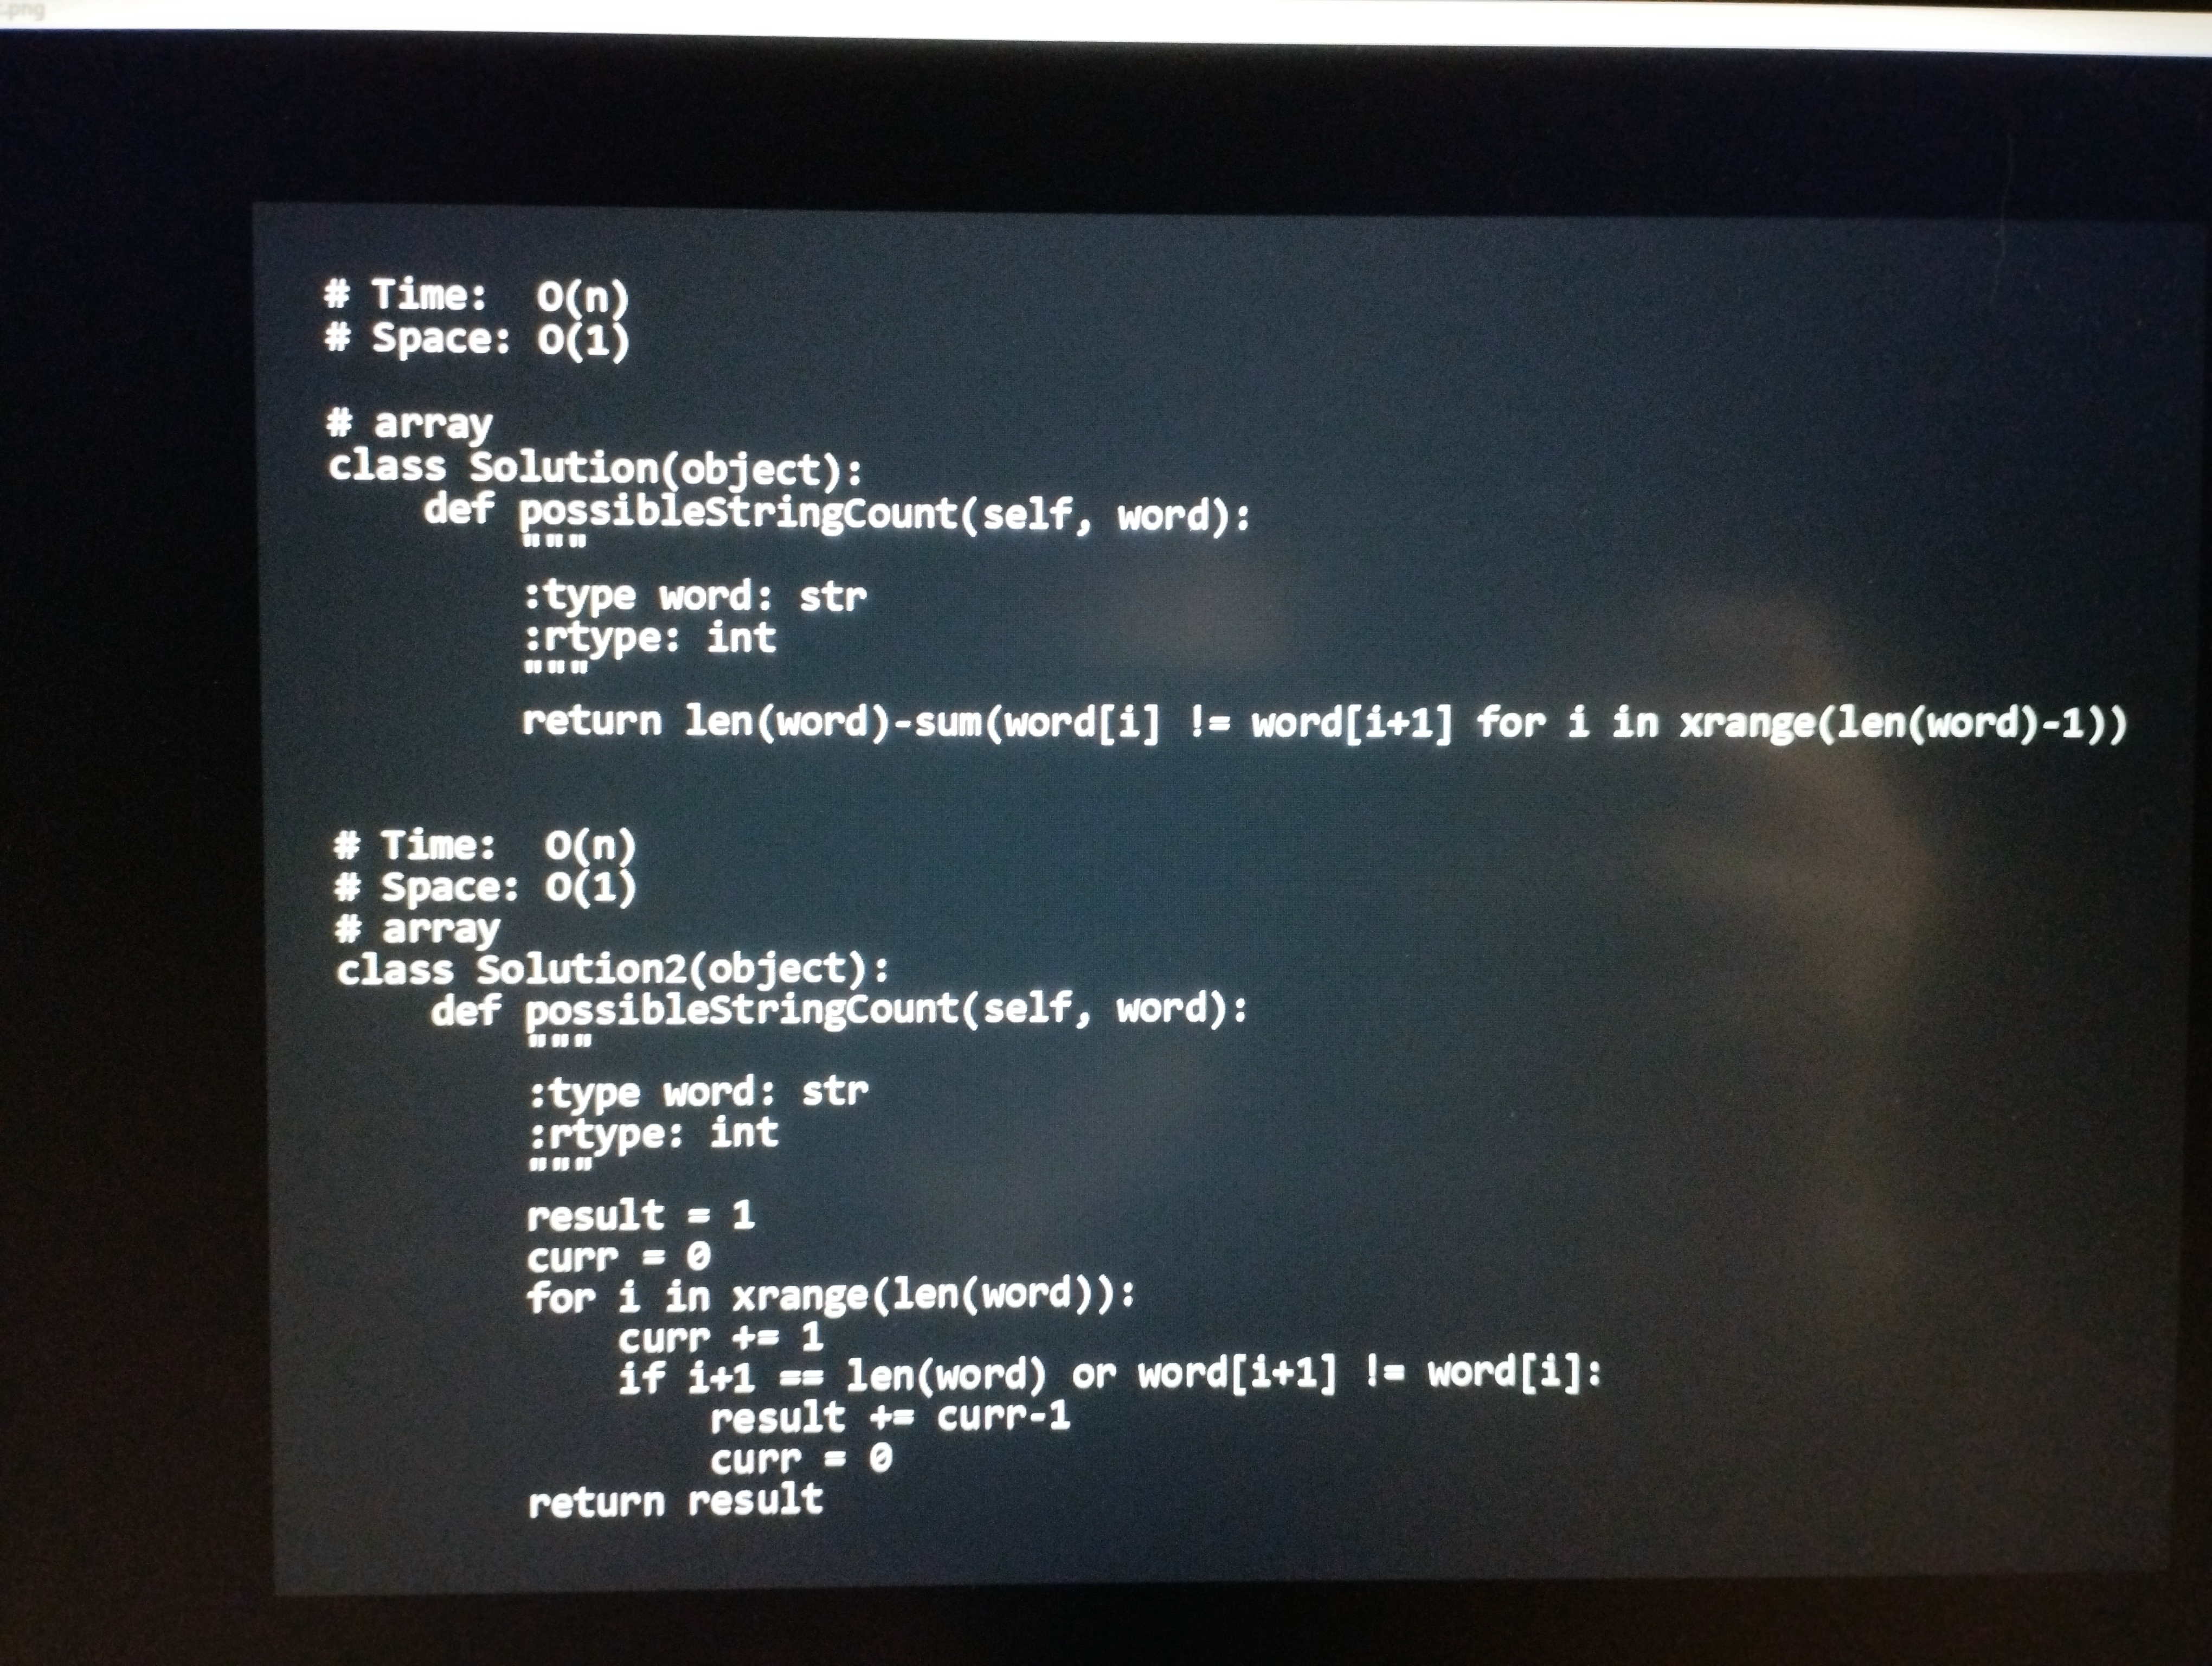
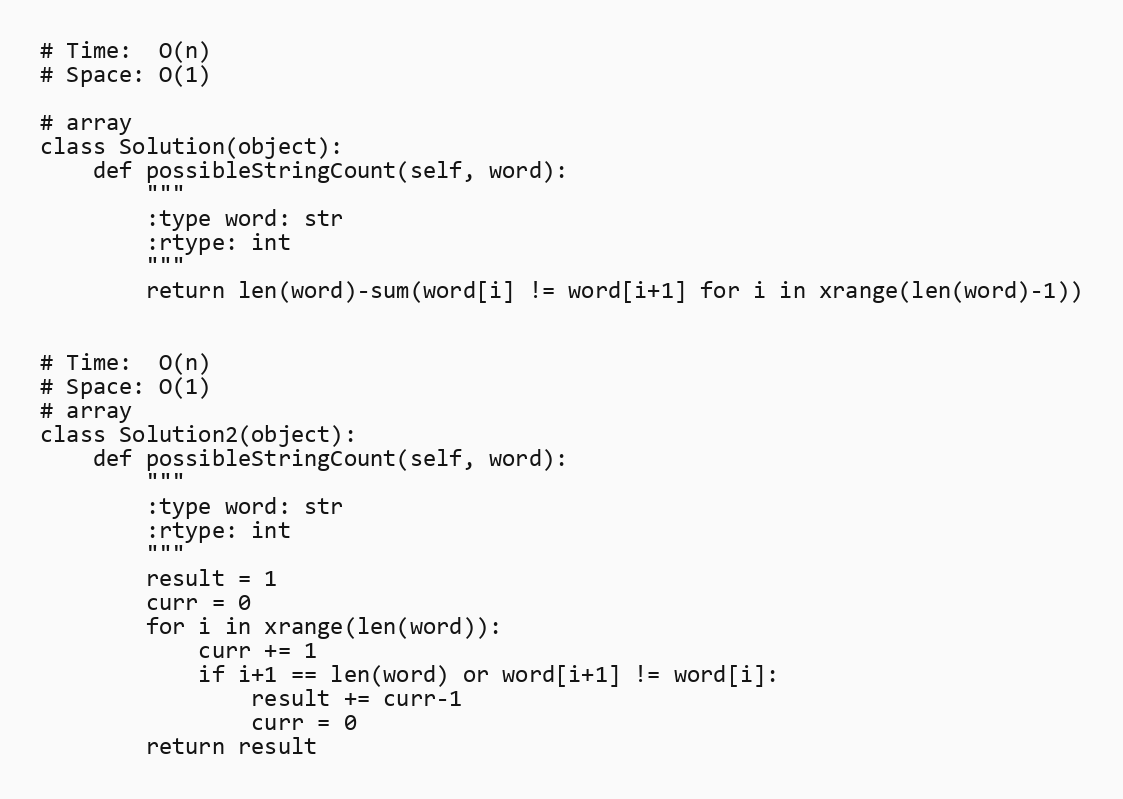
# Time:  O(n)
# Space: O(1)

# array
class Solution(object):
    def possibleStringCount(self, word):
        """
        :type word: str
        :rtype: int
        """
        return len(word)-sum(word[i] != word[i+1] for i in xrange(len(word)-1))

# Time:  O(n)
# Space: O(1)
# array
class Solution2(object):
    def possibleStringCount(self, word):
        """
        :type word: str
        :rtype: int
        """
        result = 1
        curr = 0
        for i in xrange(len(word)):
            curr += 1
            if i+1 == len(word) or word[i+1] != word[i]:
                result += curr-1
                curr = 0
        return result